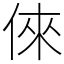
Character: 倈